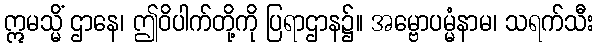
ဣမသ္မိံ ဌာနေ၊ ဤဝိပါက်တို့ကို ပြရာဌာန၌။ အမ္ဗောပမ္မံနာမ၊ သရက်သီး